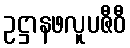
ဥဋ္ဌာနဖလူပဇီဝီ